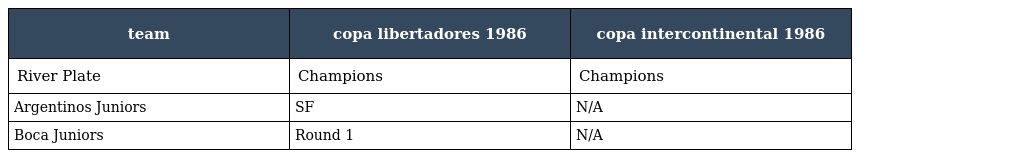
| team | copa libertadores 1986 | copa intercontinental 1986 |
 | --- | --- | --- |
 | River Plate | Champions | Champions |
 | Argentinos Juniors | SF | N/A |
 | Boca Juniors | Round 1 | N/A |